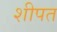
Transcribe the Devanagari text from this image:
शीपत